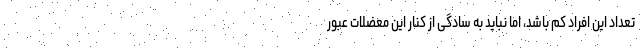
تعداد این افراد کم باشد، اما نباید به سادگی از کنار این معضلات عبور